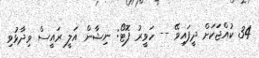
34 ކުއްޖަަކަށް ދީފައިވޭ -- ހަވީރު ފޮޓޯ: ނިޝާން އަލީ ރައީސް ވިދާޅުވި